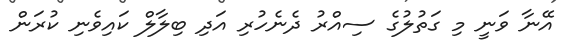
އޭނާ ވަނީ މި ގަތުލުގެ ސިއްރު ދެނެހުރި އަދި ބިލާލް ކައިވެނި ކުރަން